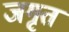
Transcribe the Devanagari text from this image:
जगृत